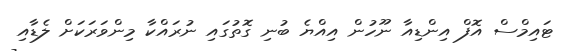
ޓައިމްސް އޮފް އިންޑިއާ ނޫހުން އިއްޔެ ބުނި ގޮތުގައި ނުރައްކާ މިންވަރަކަށް ލެޑާއި